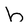
Character: h